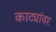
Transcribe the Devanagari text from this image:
काट्यांवर